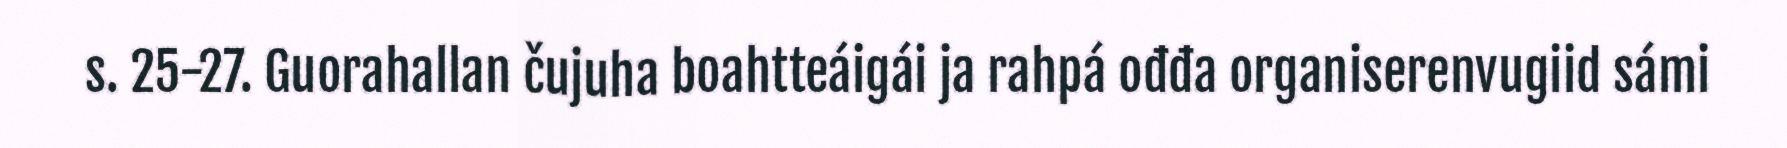
s. 25-27. Guorahallan čujuha boahtteáigái ja rahpá ođđa organiserenvugiid sámi